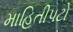
માહિતીપટો